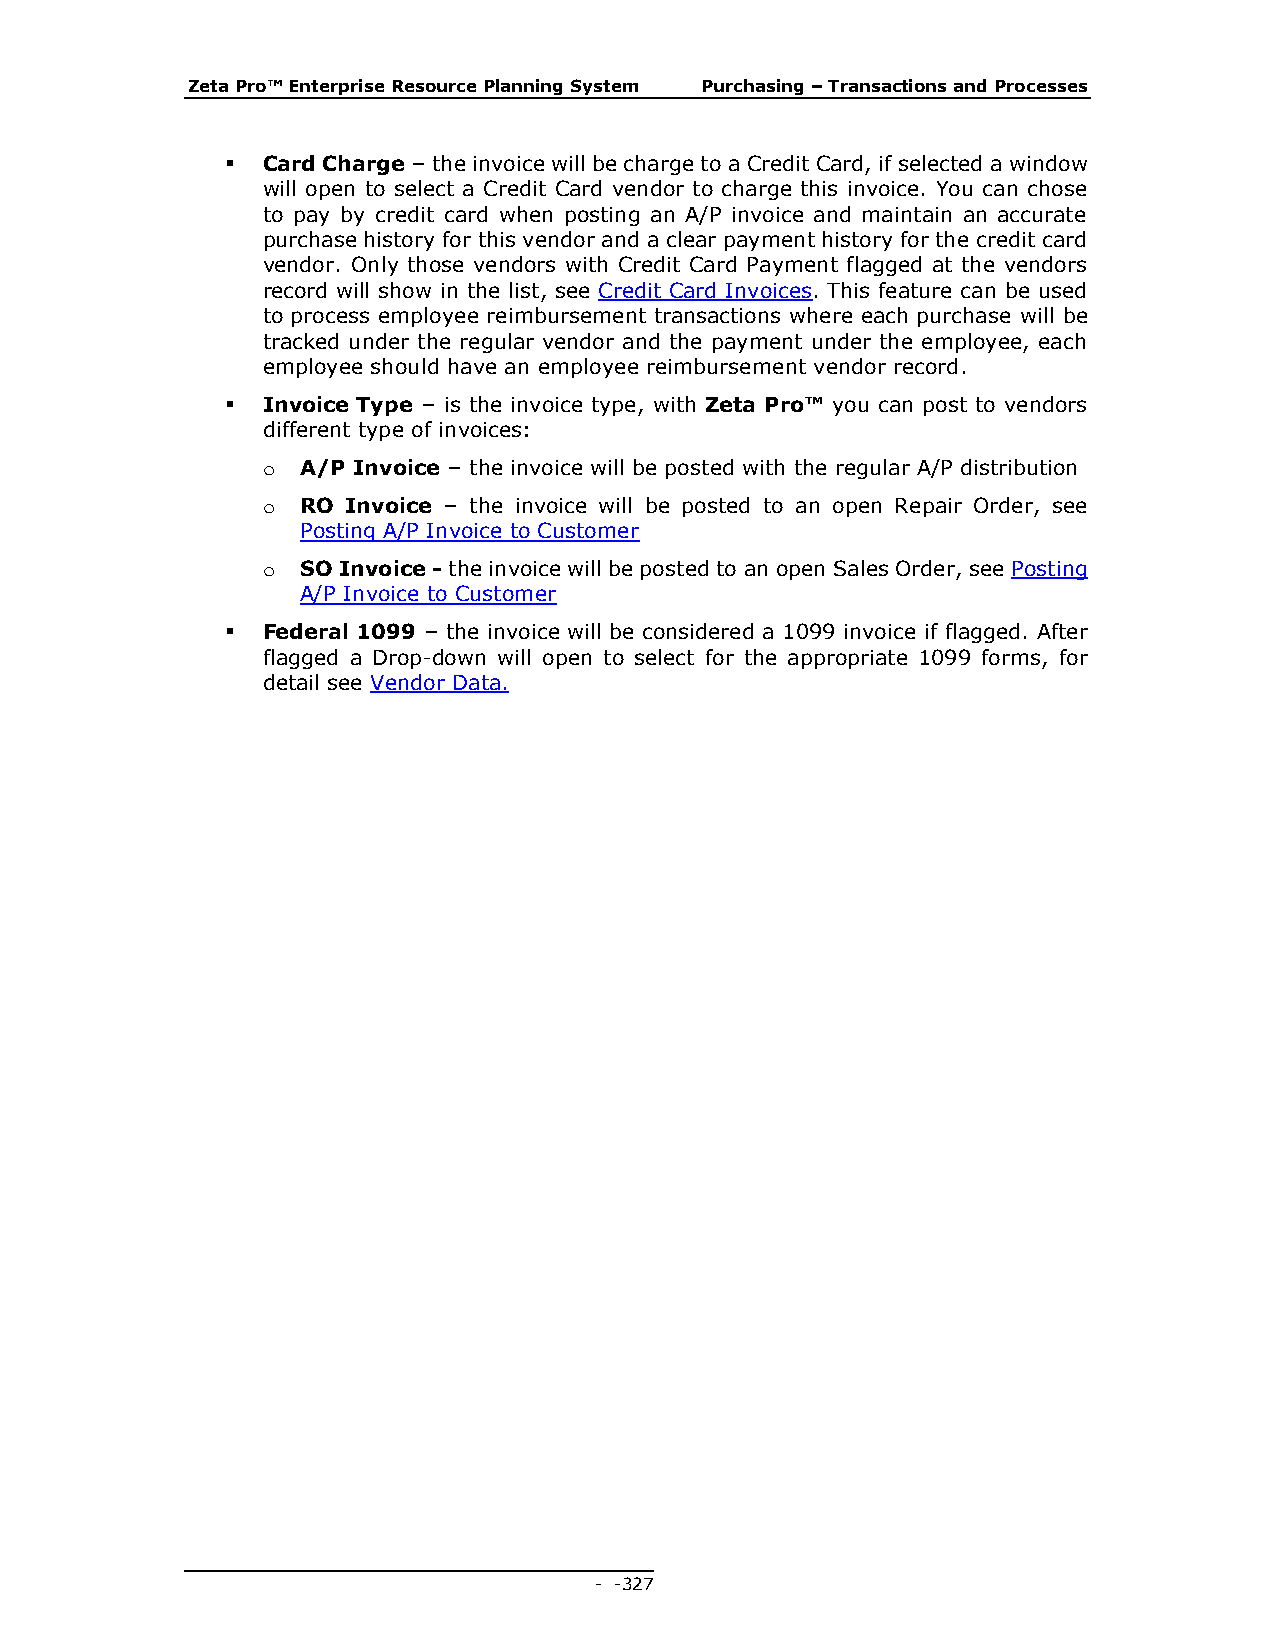
Zeta Pro™ Enterprise Resource Planning System Purchasing – Transactions and Processes
  Card Charge – the invoice will be charge to a Credit Card, if selected a window
 will open to select a Credit Card vendor to charge this invoice. You can chose
 to pay by credit card when posting an A/P invoice and maintain an accurate
 purchase history for this vendor and a clear payment history for the credit card
 vendor. Only those vendors with Credit Card Payment flagged at the vendors
 record will show in the list, see Credit Card Invoices. This feature can be used
 to process employee reimbursement transactions where each purchase will be
 tracked under the regular vendor and the payment under the employee, each
 employee should have an employee reimbursement vendor record.
  Invoice Type – is the invoice type, with Zeta Pro™ you can post to vendors
 different type of invoices:
 o  A/P Invoice – the invoice will be posted with the regular A/P distribution
 o  RO Invoice – the invoice will be posted to an open Repair Order, see
 Posting A/P Invoice to Customer
 o  SO Invoice - the invoice will be posted to an open Sales Order, see Posting
 A/P Invoice to Customer
  Federal 1099 – the invoice will be considered a 1099 invoice if flagged. After
 flagged a Drop-down will open to select for the appropriate 1099 forms, for
 detail see Vendor Data.
 - - 327